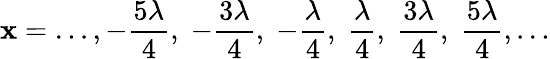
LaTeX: \mathbf{x}=\ldots,-{\frac{{5\lambda}}{{4}}},\; -{\frac{{3\lambda}}{{4}}},\; -{\frac{{\lambda}}{{4}}},\; {\frac{{\lambda}}{{4}}},\; {\frac{{3\lambda}}{{4}}},\; {\frac{{5\lambda}}{{4}}},\ldots